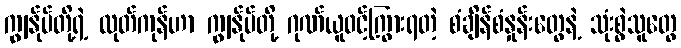
ကျွန်ုပ်တို့ရဲ့ ထုတ်ကုန်ဟာ ကျွန်ုပ်တို့ ဂုဏ်ယူဝင့်ကြွားရတဲ့ စံချိန်စံနှုန်းတွေနဲ့ သုံးစွဲသူတွေ